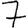
Digit: 7